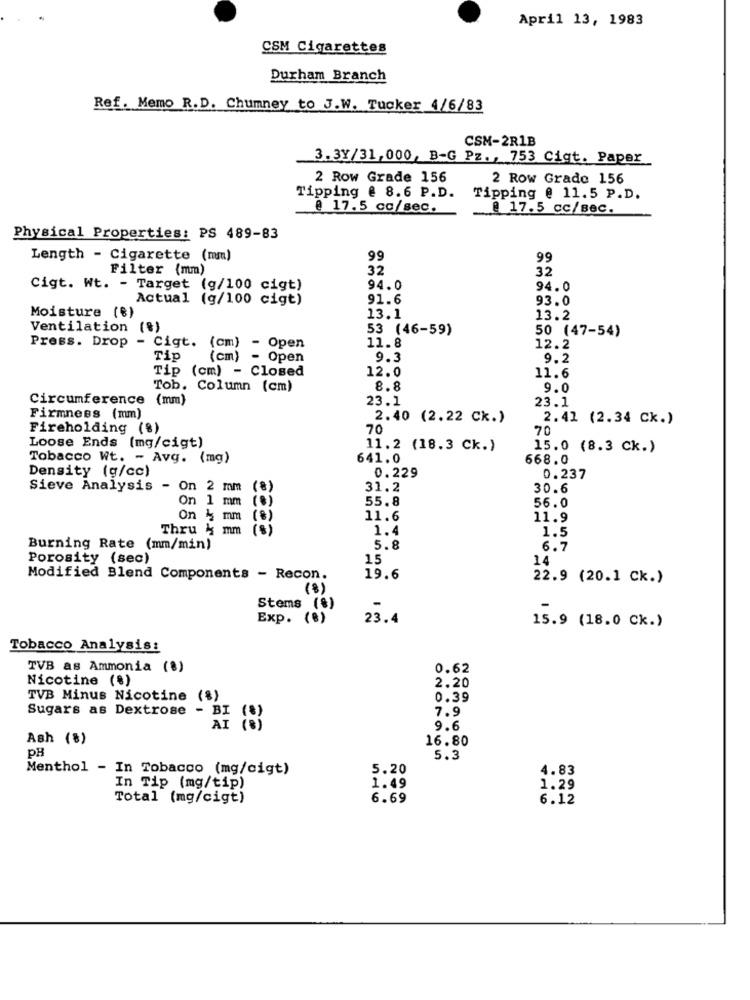
April 13, 1983
CSM Cigarettes
Durham Branch
Ref. Memo R.D. Chumney to J.W. Tucker 4/6/83
CSM-2R1B
3.3Y/31,000, B-G Pz ., 753 Cigt. Paper
2 Row Grade 156
2 Row Grade 156
Tipping @ 8.6 P.D.
Tipping @ 11.5 P.D.
@ 17.5 cc/sec.
@ 17.5 cc/sec.
Physical Properties: PS 489-83
Length - Cigarette (mm)
99
99
Filter (mm)
32
32
Cigt. Wt. - Target (g/100 cigt)
94.0
94.0
Actual (g/100 cigt)
91.6
93.0
Moisture (€)
13.1
13.2
Ventilation (%)
53 (46-59)
50 (47-54)
Press. Drop - Cigt.
11.8
(cm)
- Open
12.2
Tip
(cm)
- Open
9.3
9.2
Tip (cm) - Closed
12.0
11.6
Tob. Column (cm)
8.8
9.0
Circumference (mm)
23.1
23.1
Firmness (mm)
2.40 (2.22 Ck.)
2.41 (2.34 Ck.)
Fireholding (%)
70
70
Loose Ends (mg/cigt)
11.2 (18.3 Ck.)
15.0 (8.3 Ck.)
Tobacco Wt. - Avg. (mg)
641.0
668.0
Density (g/cc)
0.229
0.237
Sieve Analysis - On 2 mm
(8)
31.2
30.6
On 1 mm (8)
55.8
56.0
On 4 mm (%)
11.6
11.9
Thru 4 mm (%)
1.4
1.5
Burning Rate (mm/min)
5.8
6.7
Porosity (sec)
15
14
Modified Blend Components - Recon.
19.6
22.9 (20.1 Ck.)
(8)
Stems (%)
Exp. (8)
23.4
15.9 (18.0 Ck.)
Tobacco Analysis:
TVB as Ammonia (%)
0.62
Nicotine (%)
2.20
TVB Minus Nicotine (%)
0.39
7.9
Sugars as Dextrose - BI (%)
9.6
Ash (%)
16.80
pH
5.3
Menthol - In Tobacco (mg/cigt)
5.20
4.83
1.49
In Tip (mg/tip)
1.29
Total (mg/cigt)
6.69
6.12